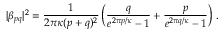
| \beta _ { p q } | ^ { 2 } = \frac { 1 } { 2 \pi \kappa ( p + q ) ^ { 2 } } \left( \frac { q } { e ^ { 2 \pi p / \kappa } - 1 } + \frac { p } { e ^ { 2 \pi q / \kappa } - 1 } \right) \, .